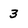
Character: 3